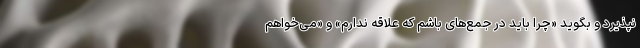
نپذیرد و بگوید «چرا باید در جمع‌های باشم که علاقه ندارم» و «می‌خواهم